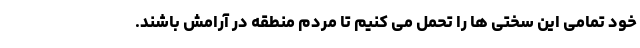
خود تمامی این سختی ها را تحمل می کنیم تا مردم منطقه در آرامش باشند.